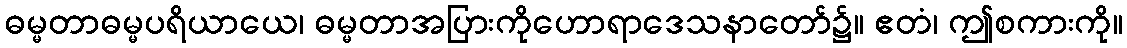
ဓမ္မတာဓမ္မပရိယာယေ၊ ဓမ္မတာအပြားကိုဟောရာဒေသနာတော်၌။ ဧတံ၊ ဤစကားကို။